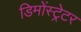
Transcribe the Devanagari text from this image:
डिमोंस्ट्रेटर